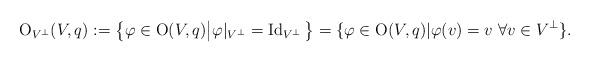
LaTeX: \begin{align*}\operatorname{O}_{V^{\perp}}(V,q):=\big\{\varphi\in\operatorname{O}(V,q)\big|\varphi|_{V^{\perp}}=\operatorname{Id}_{V^{\perp}}\big\}=\{\varphi\in\operatorname{O}(V,q)|\varphi(v)=v\ \forall v \in V^{\perp}\}. \end{align*}